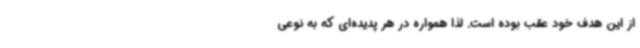
از این هدف خود عقب بوده است. لذا همواره در هر پدیده‌ای که به نوعی